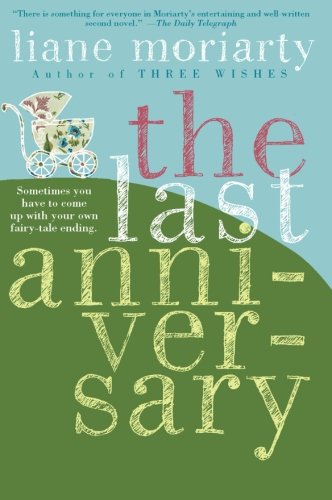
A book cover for The Last Anniversary: A Novel; Liane Moriarty; Literature & Fiction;